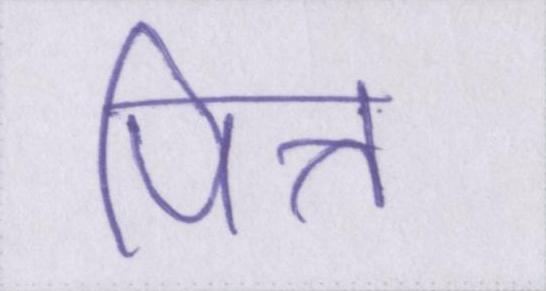
पित्त